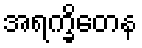
အရက္ခိတေန